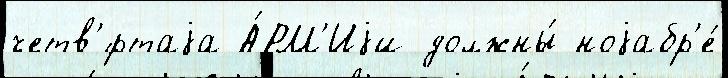
четв'́ртаjа А́РМ'Иjи должны́ ноjабр'е́